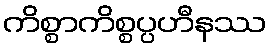
ကိစ္စာကိစ္စပ္ပဟီနဿ